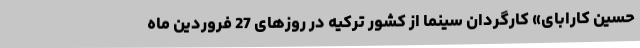
حسین کارابای» کارگردان سینما از کشور ترکیه در روزهای 27 فروردین ماه